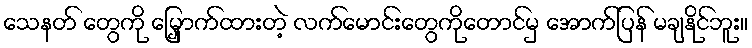
သေနတ် တွေကို မြှောက်ထားတဲ့ လက်မောင်းတွေကိုတောင်မှ အောက်ပြန် မချနိုင်ဘူး။